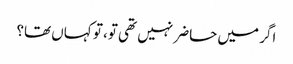
اگر میں حاضر نہیں تھی تو، تو کہاں تھا؟